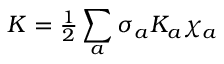
{ \cal K } = { \textstyle { \frac { 1 } { 2 } } } \sum _ { a } \sigma _ { a } K _ { a } \chi _ { a } \nonumber